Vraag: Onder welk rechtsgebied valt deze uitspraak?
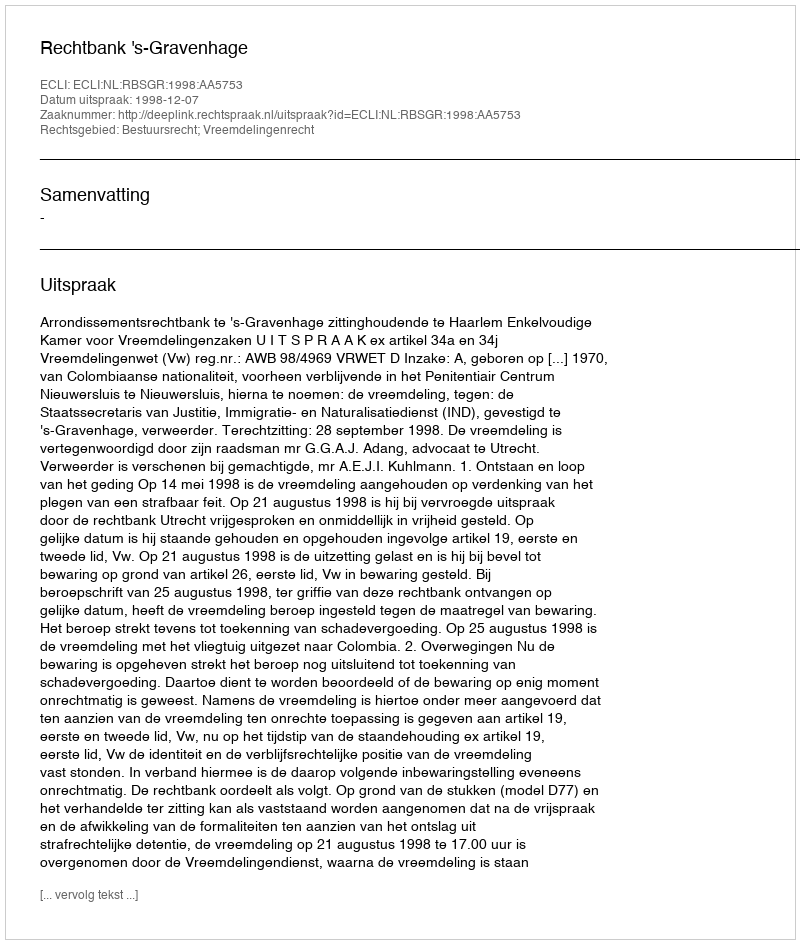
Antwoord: Bestuursrecht; Vreemdelingenrecht